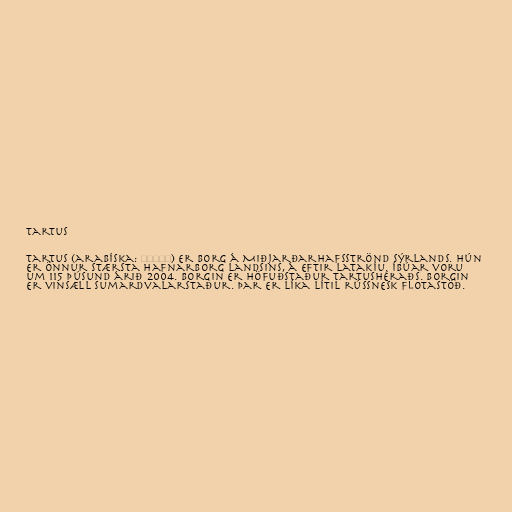
Tartus

Tartus (arabíska: طرطوس) er borg á Miðjarðarhafsströnd Sýrlands. Hún
er önnur stærsta hafnarborg landsins, á eftir Latakíu. Íbúar voru
um 115 þúsund árið 2004. Borgin er höfuðstaður Tartushéraðs. Borgin
er vinsæll sumardvalarstaður. Þar er líka lítil rússnesk flotastöð.